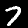
Label: 7